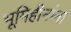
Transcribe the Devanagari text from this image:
भूमिहीनांना